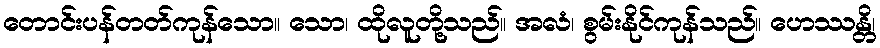
တောင်းပန်တတ်ကုန်သော။ သော၊ ထိုလူတို့သည်။ အလံ၊ စွမ်းနိုင်ကုန်သည်။ ဟေဿန္တိ၊